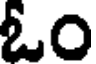
ఓం